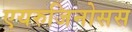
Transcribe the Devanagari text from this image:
एयरुजिनोसस